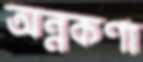
অন্নকণা